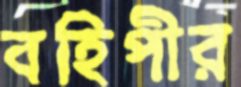
বহিপীর